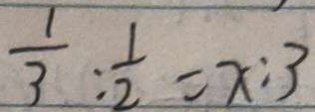
\frac { 1 } { 3 } : \frac { 1 } { 2 } = x : 3